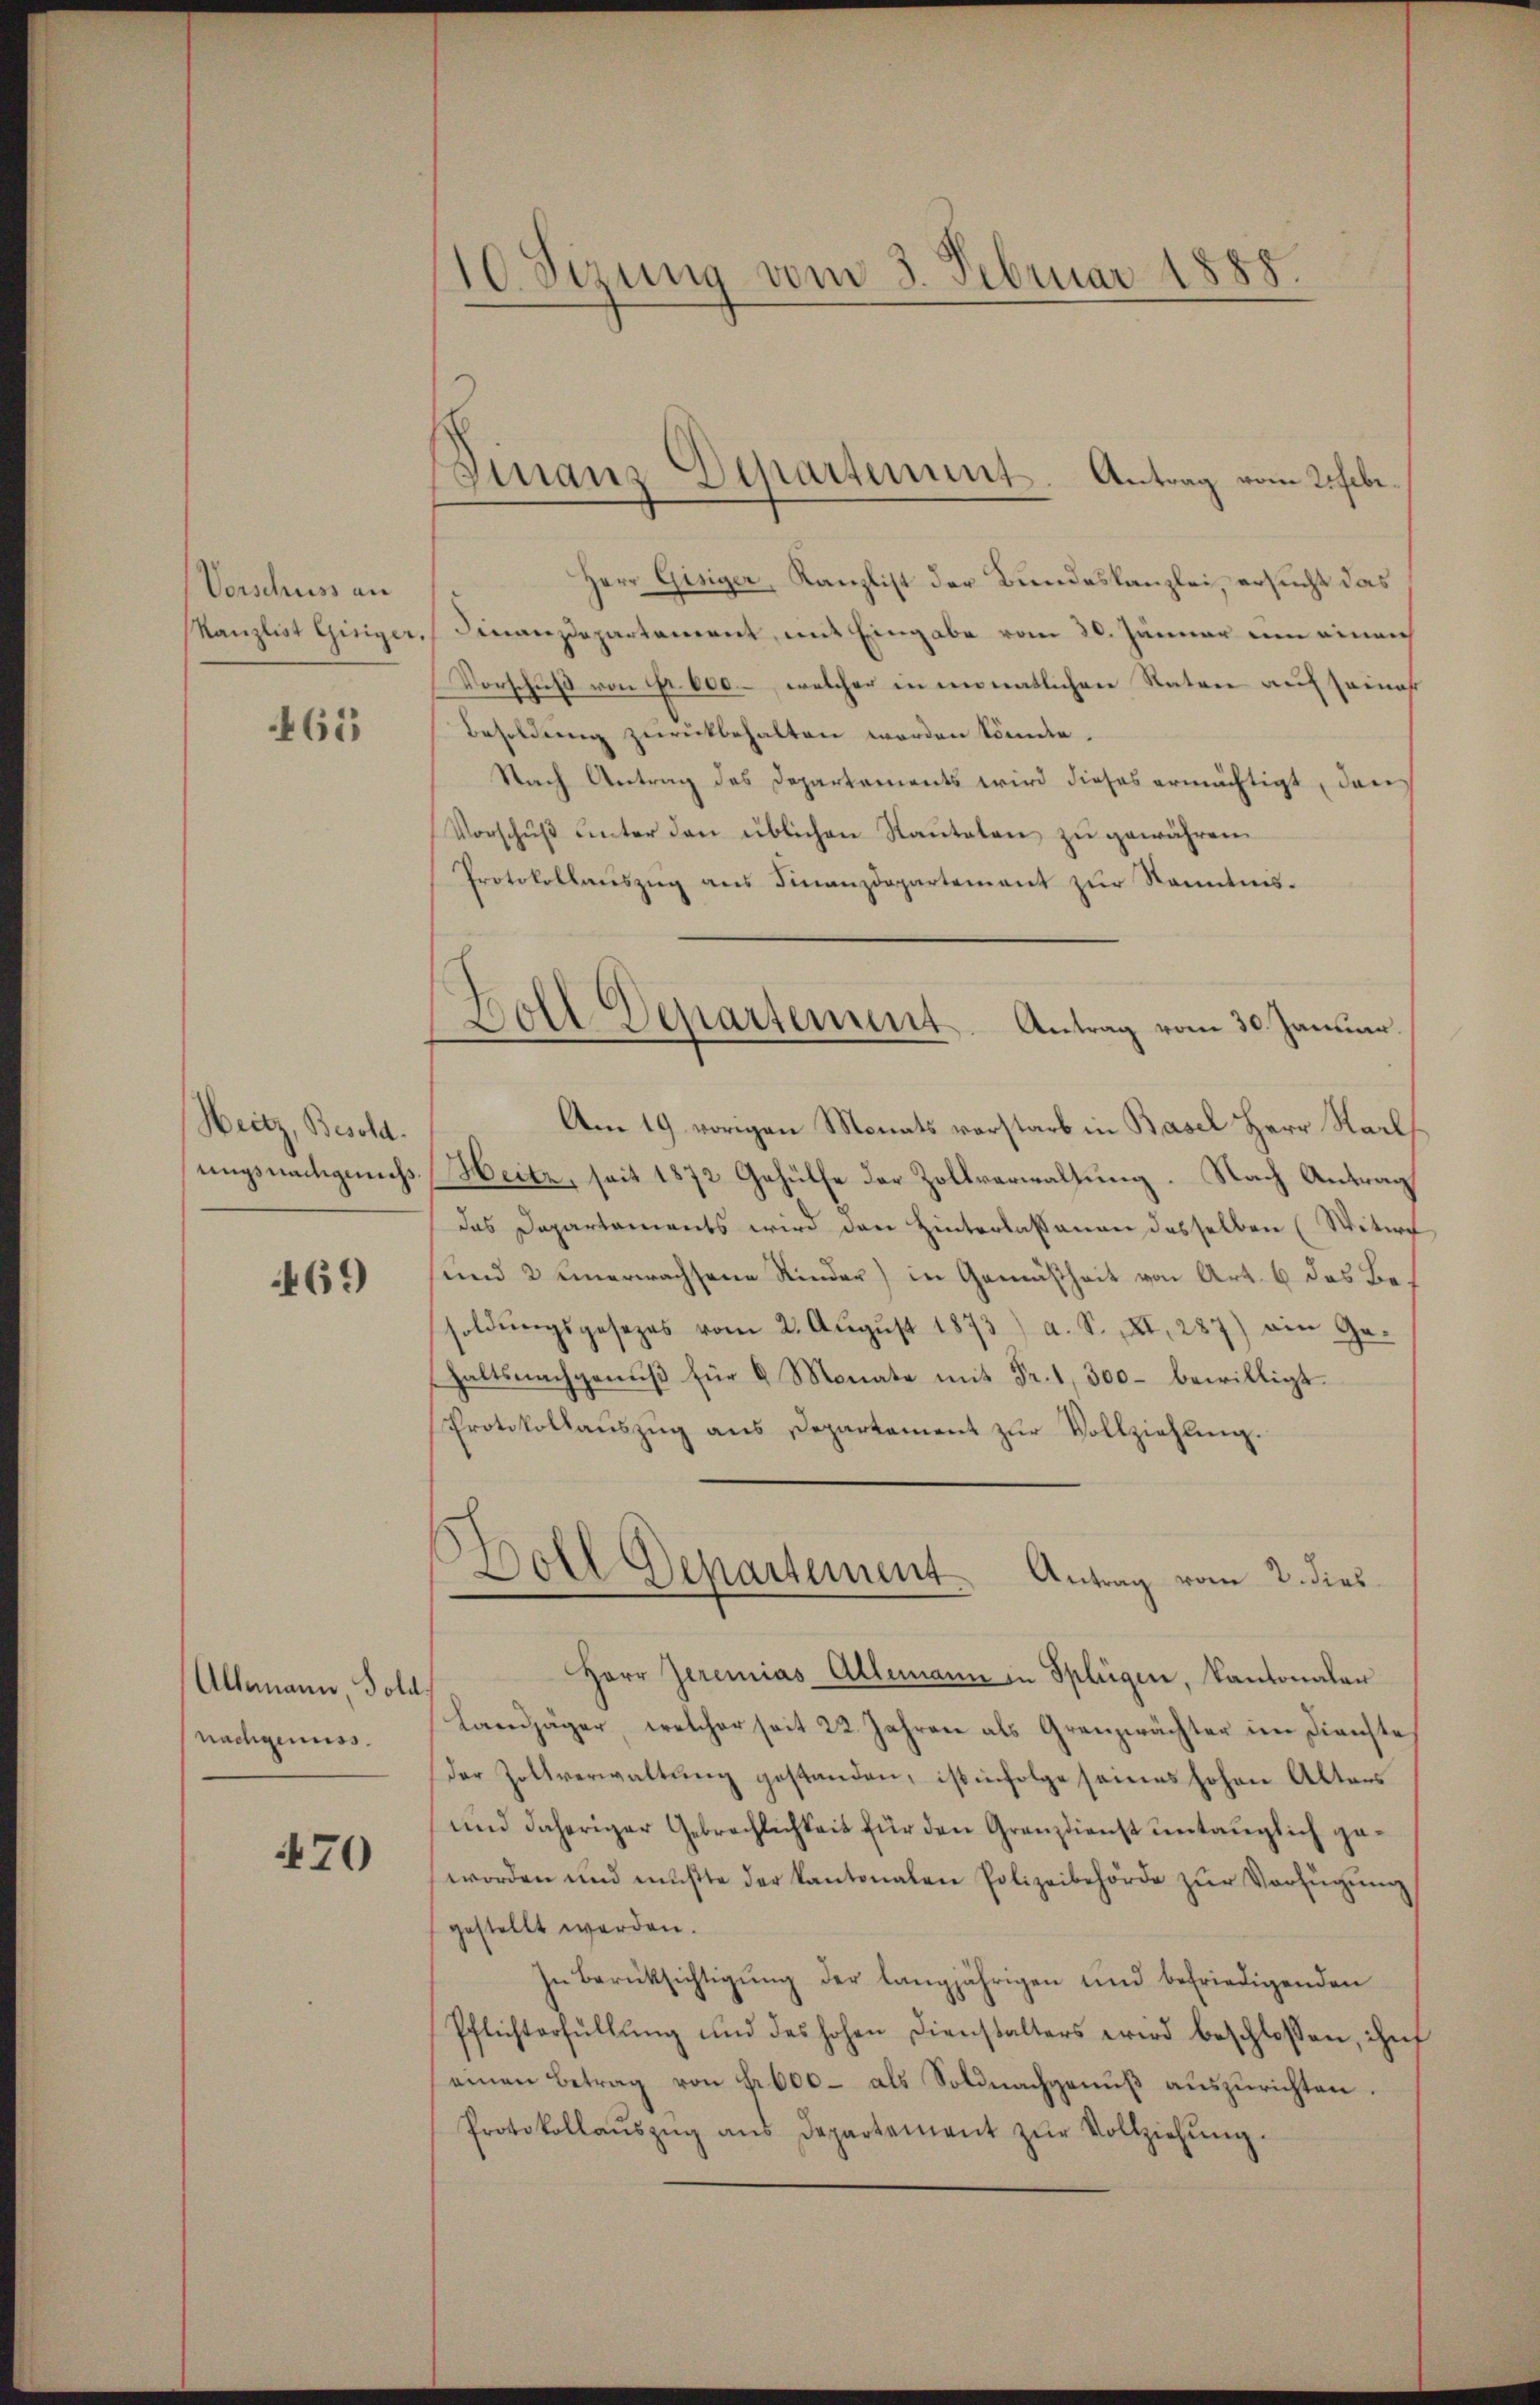
Vorschuss an
Kanzlist Gisiger

465

Heitz, Besold.
ungsnachgenieß

469

Allemann Told.
nachgenuss.

470

10. Sizung vom 3. Februar 1888.

Finanz-Departement. Antrag vom 21 Febr.

Herr Gisiger, Kanzlist der Bundeskanzlei, ersucht das
Finanzdepartement, mit Eingabe vom 20. Jänner um einan
Vorschuß von Fr. 600, welcher in monatlichen Raten auf seina
Besoldung zurückbehalten worden könnte.
Nach Antrag des Departements wird dieses ermächtigt, den
Vorschŭβ ŭnter den üblichen Staŭteten zŭ gewähren.
Protokollaŭszŭg ans Finanzdepartement zŭr Kenntnis-
Am 19. vorigen Monats vorstarb in Basel Herr Stadl
Heitz, seit 1872 Gehülfe der Zollverwaltung. Nach Antrag
das Departaments wird den Hinterlassenen desselben (Witwe
und 2 einerwachsene Kinder) in Gemäßheit von Art. 6 das Besoldŭngsgesezes vom 2. Aŭgŭst 1873) a. S. XI. 287) ein Ge-
haltsnachgenuß für 6 Monate mit Fr. 1, 300 bewilligt.
Protokollaŭszŭg ans Departement zŭr Vollziehung.
Boll Departement Antrag vom 2. dies
Herr Jeremias Allemann in Splügen, Kantonaler
Landjäger, welcher seit 22 Jahren als Granzwächter im Dienste
der Zollverwaltung gestanden, ist infolge seines hohen Alters
und daheriger Gebrachlichkeit für den Granzdienst ventauglich ga
.
worden und müßte der Kantonalen Polizeibehörde zŭr Verfügŭng
gestellt werden.
In Berüksichtigung der langjährigen und befriedigenden
Pflichterfüllung und des hohen Dienstalters wird beschlossen, ihn
einen Betrag von Fr. 600- als Soldnachgenuß auszurichten.
Protokollaŭszŭg aŭs Departement zŭr Vollziehŭng.

Boll Departement. Antrag vom 30. Januar.